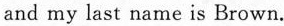
and my last name is Brown.